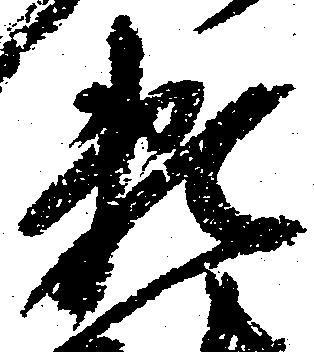
凝